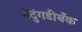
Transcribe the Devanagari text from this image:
नेदुंगडीबँक